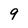
Character: 9